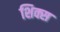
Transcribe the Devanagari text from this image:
शिक्स